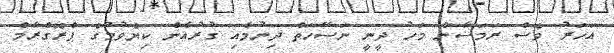
އަހަރު ވެސް ރަމަޟާން މަހު ދީނީ ނަސޭހަތް ދިނުމާއި ގުރުއާން ކިޔެވުމުގެ ޕްރޮގްރާމް